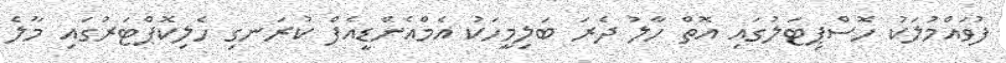
ފުވައްމުލަކު ހޮސްޕިޓަލުގައި އޮތް ހާލު ދެރަ ބަލިމީހަކު އެމްއެންޑީއެފް ކުރަނގި ހެލިކޮޕްޓަރުގައި މާލެ